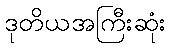
ဒုတိယအကြီးဆုံး